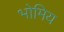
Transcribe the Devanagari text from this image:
भोमिय